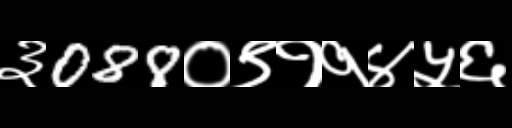
Text: ३088०९११४५६